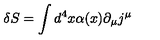
\delta S = \int d ^ { 4 } x \alpha ( x ) \partial _ { \mu } j ^ { \mu }